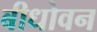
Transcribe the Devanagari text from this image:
बीधोवन